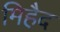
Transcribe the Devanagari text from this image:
मिहैद